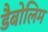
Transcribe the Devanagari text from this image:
डैबोलिम